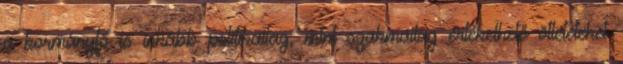
a kormányfő is inkább politikailag, mint szakmailag értékelhető ötleteteket